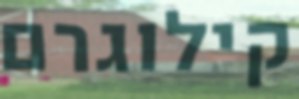
קילוגרם